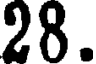
28.